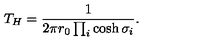
T _ { H } = \frac { 1 } { 2 \pi r _ { 0 } \prod _ { i } \cosh \sigma _ { i } } .